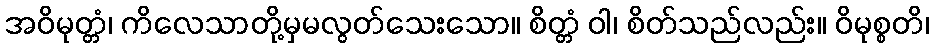
အဝိမုတ္တံ၊ ကိလေသာတို့မှမလွတ်သေးသော။ စိတ္တံ ဝါ၊ စိတ်သည်လည်း။ ဝိမုစ္စတိ၊